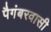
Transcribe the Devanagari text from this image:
पैगंबरवासी